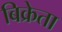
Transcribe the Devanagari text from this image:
बिक्रेता